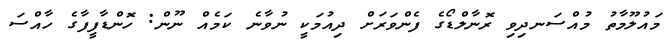
މައުލޫމާތު މުއްސަނދިވި ރޮނާލްޑޯގެ ފެންވަރަށް ދިއުމަކީ ނުވާނެ ކަމެއް ނޫން: ހޮންޑާފީފާގެ ހާއްސަ